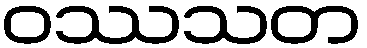
ဝဿသတ